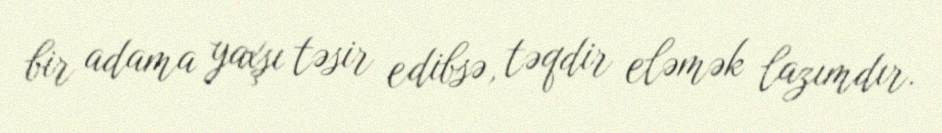
bir adama yaxşı təsir edibsə, təqdir eləmək lazımdır.